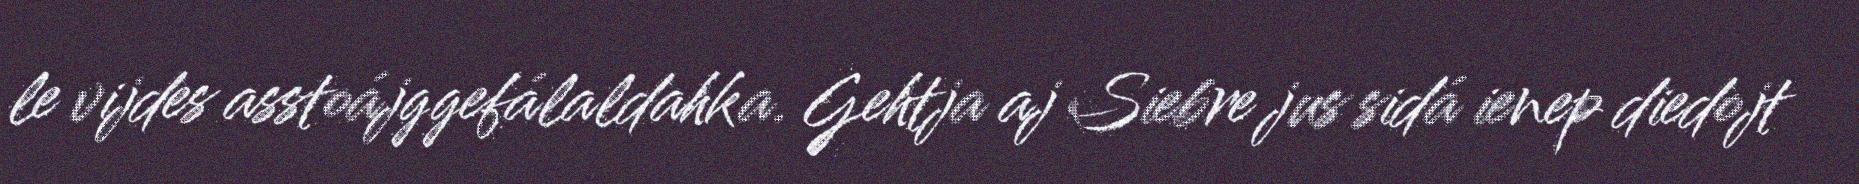
le vijdes asstoájggefálaldahka. Gehtja aj Siebre jus sidá ienep diedojt